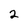
Character: 2